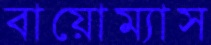
বায়োম্যাস